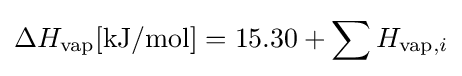
\Delta H_{\text{vap}}[{\text{kJ}}/{\text{mol}}]=15.30+\sum H_{{\text{vap}},i}